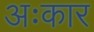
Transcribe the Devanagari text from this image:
अःकार